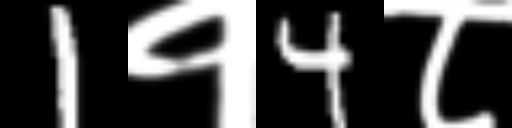
Text: 1१4८